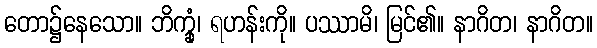
တော၌နေသော။ ဘိက္ခုံ၊ ရဟန်းကို။ ပဿာမိ၊ မြင်၏။ နာဂိတ၊ နာဂိတ။